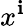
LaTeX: x^{\mathbf{i}}